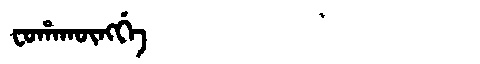
Manchu: ᠸᠣᡥᠠᡴᡡᠩᡤᡝ
Romanization: FOHAKŪNGGE